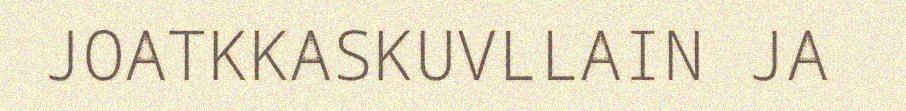
JOATKKASKUVLLAIN JA